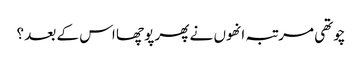
چوتھی مرتبہ انھوں نے پھر پوچھا اس کے بعد ؟